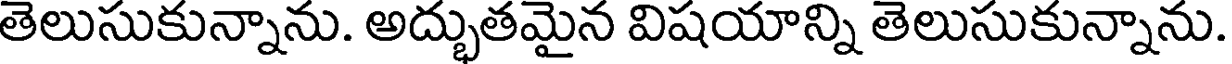
తెలుసుకున్నాను. అద్భుతమైన విషయాన్ని తెలుసుకున్నాను.